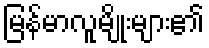
မြန်မာလူမျိုးများ၏